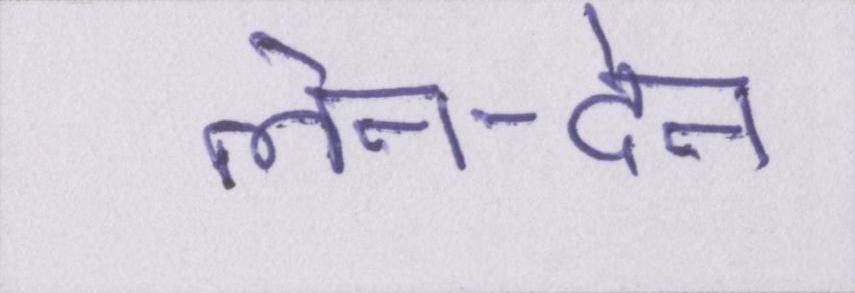
लेन-देन